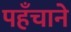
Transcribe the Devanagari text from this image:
पहँचाने